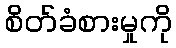
စိတ်ခံစားမှုကို